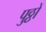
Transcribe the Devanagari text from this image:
पुठ्ठों